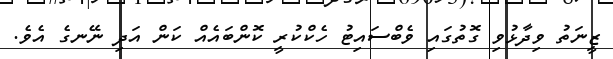
ޒީނަތު ވިދާޅުވި ގޮތުގައި ވެބްސައިޓު ހެކްކުރީ ކޮންބައެއް ކަން އަދި ނޭނގެ އެވެ.